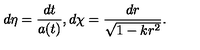
d \eta = { \frac { d t } { a ( t ) } } , d \chi = { \frac { d r } { \sqrt { 1 - k r ^ { 2 } } } } .